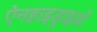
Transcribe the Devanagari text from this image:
ऐनहाइड्राइडों